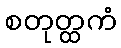
စတုတ္ထကံ